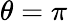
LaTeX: \theta=\pi